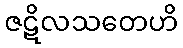
ဇဋိလသတေဟိ